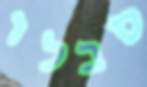
סבלו